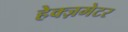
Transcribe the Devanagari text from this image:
हेक्ज़मेटर